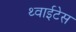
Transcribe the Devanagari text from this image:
थ्वाईटेस